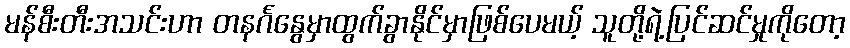
မန်စီးတီးအသင်းဟာ တနင်္ဂနွေမှာထွက်ခွာနိုင်မှာဖြစ်ပေမယ့် သူတို့ရဲ့ပြင်ဆင်မှုကိုတော့